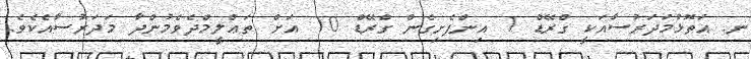
ނ. އަތޮޅުމަދަރުސާއަކީ ގްރޭޑް 1 އިންފެށިގެން ގްރޭޑް 10 އަށް ތަޢްލީމްދެވެމުންދާ މަދަރުސާއެކެވެ.